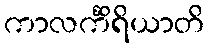
ကာလင်္ကိရိယာတိ